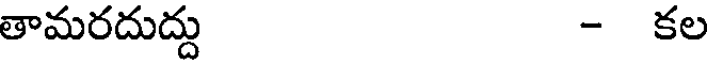
తామరదుద్దు - కల